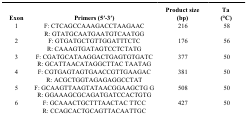
| Exon | Primers (5′-3′) | Product size (bp) | Ta (°C) |
 | --- | --- | --- | --- |
 | 1 | F: CTCAGCCAAAGACCTAAGAAC | 216 | 58 |
 |  | R: GTATGCAATGAATGTCAATGG |  |  |
 | 2 | F: GTGATGCTGTTGGATTTCTC | 176 | 56 |
 |  | R: CAAAGTGATAGTCCTCTATG |  |  |
 | 3 | F: CGATGCATAAGGACTGAGTGTGATC | 377 | 50 |
 |  | R: GCATTAACATAGGCTTAC TAATAG |  |  |
 | 4 | F: CGTGAGTAGTGAACCGTTGAAGAC | 381 | 50 |
 |  | R: ACGCTGGTAGAGAGGCCTAT |  |  |
 | 5 | F: GCAAGTTAAGTATAACGGAAGCTG G | 508 | 50 |
 |  | R: GGAAAGCGCAGATGATCCACTGTG |  |  |
 | 6 | F: GCAAACTGCTTTAACTAC TTCC | 427 | 50 |
 |  | R: CCAGCACTGCAGTTACAATTGC |  |  |